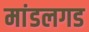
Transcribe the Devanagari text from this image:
मांडलगड